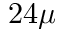
2 4 \mu